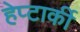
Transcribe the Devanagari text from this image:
हेप्टार्की